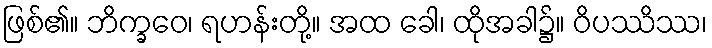
ဖြစ်၏။ ဘိက္ခဝေ၊ ရဟန်းတို့။ အထ ခေါ၊ ထိုအခါ၌။ ဝိပဿိဿ၊